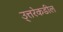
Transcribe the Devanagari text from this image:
उ्त्तरेकडील